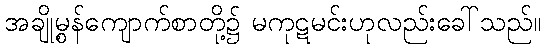
အချို့မွန်ကျောက်စာတို့၌ မကုဋမင်းဟုလည်းခေါ်သည်။